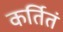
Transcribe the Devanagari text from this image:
कर्तितं